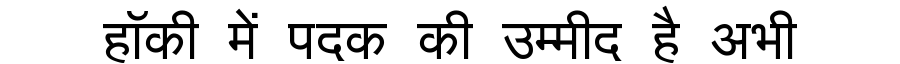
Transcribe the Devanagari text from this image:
हॉकी में पदक की उम्मीद है अभी